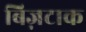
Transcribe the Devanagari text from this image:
बिज़टाक